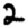
Digit: 2